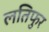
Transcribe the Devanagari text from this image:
लतिफुर